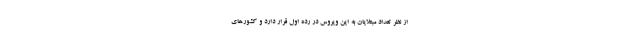
از نظر تعداد مبتلایان به این ویروس در رده اول قرار دارد و کشورهای